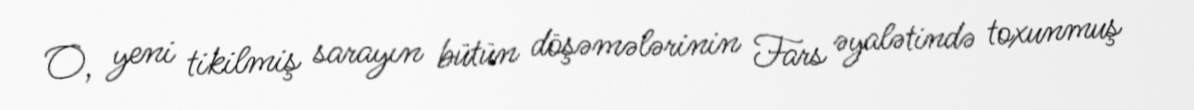
O, yeni tikilmiş sarayın bütün döşəmələrinin Fars əyalətində toxunmuş